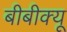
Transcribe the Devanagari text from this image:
बीबीक्यू